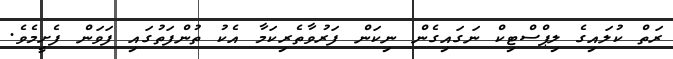
ރަތް ކުލައިގެ ލިޕްސްޓިކް ނަގައިގެން ނިކަން ފަރުވާތެރިކަމާ އެކު ތުންފަތުގައި ފަވަން ފެށީމެވެ.